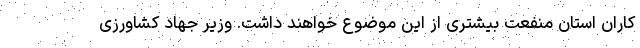
کاران استان منفعت بیشتری از این موضوع خواهند داشت. وزیر جهاد کشاورزی